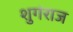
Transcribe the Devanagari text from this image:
शुगंराज